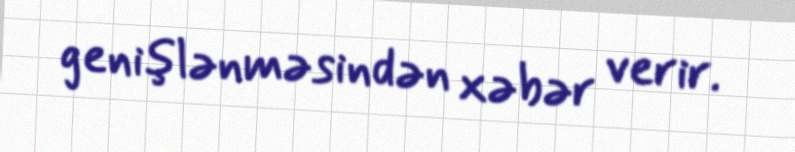
genişlənməsindən xəbər verir.